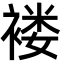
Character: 褛